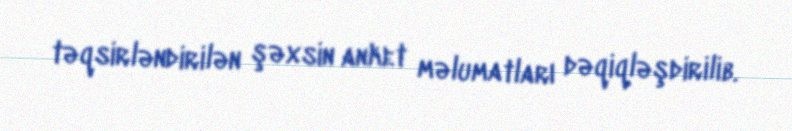
təqsirləndirilən şəxsin anket məlumatları dəqiqləşdirilib.